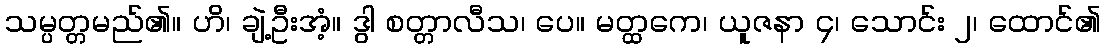
သမ္ပတ္တမည်၏။ ဟိ၊ ချဲ့ဦးအံ့။ ဒွါ စတ္တာလီသ၊ ပေ။ မတ္ထကေ၊ ယူဇနာ ၄၊ သောင်း ၂၊ ထောင်၏